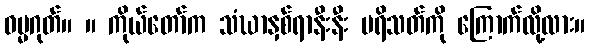
ဓမ္မဂုတ်။ ။ ကိုယ်တော်က သံဃာနှစ်ရာနီးနီး ပရိသတ်ကို ကြောက်လို့လား။